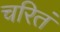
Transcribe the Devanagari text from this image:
चरितं